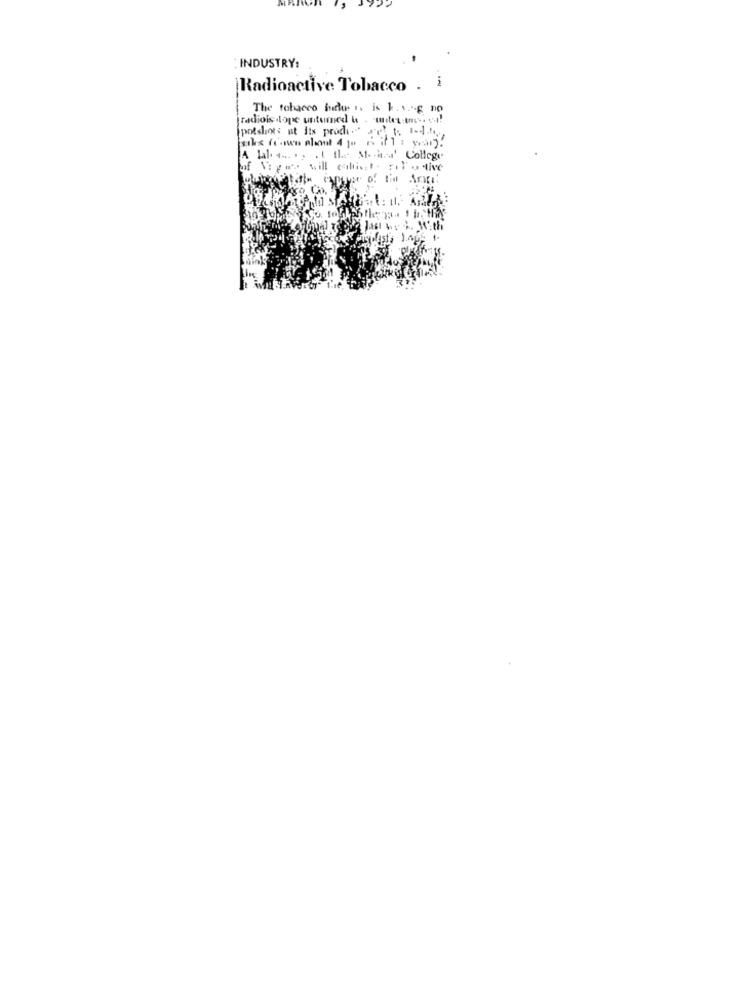
: INDUSTRY:
-
Radioactive Tobacco
The tobacco fiches. is 1.og no
radiois tope untumed & . mitet ty. si!
[polshots at its produo s'il t. t.J.h.
A laba .... at the sun' College
of Vigas will catis,t . sil' - tive